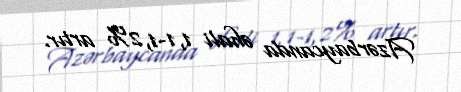
Azərbaycanda əhali 1,1-1,2% artır.